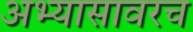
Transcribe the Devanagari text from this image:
अभ्यासावरच